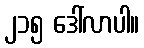
၂၁၅ ဒေါ်လာပါ။